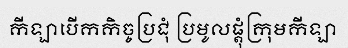
កីឡាបើកកិច្ចប្រជុំ ប្រមូលផ្តុំក្រុមកីឡា